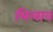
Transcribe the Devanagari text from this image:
भिलाव